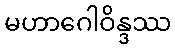
မဟာဂေါဝိန္ဒဿ